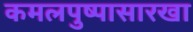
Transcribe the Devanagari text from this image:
कमलपुष्पासारखा